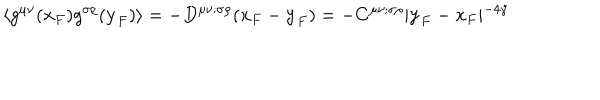
\langle g ^ { \mu \nu } ( { \bf x } _ { F } ) g ^ { \sigma \rho } ( { \bf y } _ { F } ) \rangle = - D ^ { \mu \nu ; \sigma \rho } ( { \bf x } _ { F } - { \bf y } _ { F } ) = - C ^ { \mu \nu ; \sigma \rho } \vert { \bf y } _ { F } - { \bf x } _ { F } \vert ^ { - 4 \gamma }